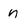
Character: n